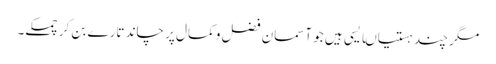
مگر چند ہستیاںایسی ہیں جو آسمان فضل و کمال پر چاند تارے بن کر چمکے۔